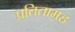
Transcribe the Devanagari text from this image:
प्रतितामह